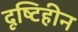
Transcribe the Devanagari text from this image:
दृष्‍टिहीन